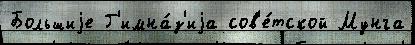
Большиjе Г'имна́з'иjа сов'е́тской Мунга